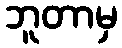
ဘူတာမှ